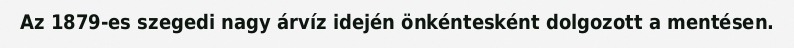
Az 1879-es szegedi nagy árvíz idején önkéntesként dolgozott a mentésen.